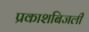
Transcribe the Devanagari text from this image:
प्रकाशबिजली